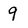
Character: 9